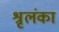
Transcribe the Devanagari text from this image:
श्रृलंका